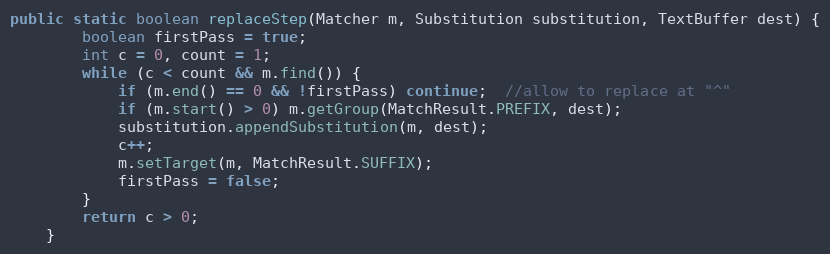
Language: Java
public static boolean replaceStep(Matcher m, Substitution substitution, TextBuffer dest) {
        boolean firstPass = true;
        int c = 0, count = 1;
        while (c < count && m.find()) {
            if (m.end() == 0 && !firstPass) continue;  //allow to replace at "^"
            if (m.start() > 0) m.getGroup(MatchResult.PREFIX, dest);
            substitution.appendSubstitution(m, dest);
            c++;
            m.setTarget(m, MatchResult.SUFFIX);
            firstPass = false;
        }
        return c > 0;
    }